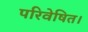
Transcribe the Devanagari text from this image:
परिवेषित।